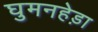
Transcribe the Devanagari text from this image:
घुमनहेड़ा